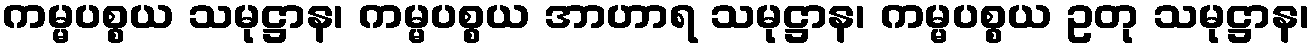
ကမ္မပစ္စယ သမုဋ္ဌာန၊ ကမ္မပစ္စယ အာဟာရ သမုဋ္ဌာန၊ ကမ္မပစ္စယ ဥတု သမုဋ္ဌာန၊